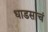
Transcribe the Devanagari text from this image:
धाडसाचं